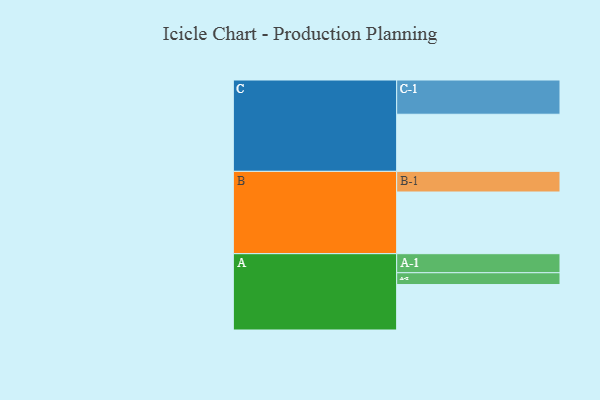
{"axis": {"x": "Segment", "y": "Value"}, "legend": ["", "A", "B", "C"], "data": [{"x": "A", "y": 308, "type": ""}, {"x": "B", "y": 418, "type": ""}, {"x": "C", "y": 387, "type": ""}, {"x": "A-1", "y": 129, "type": "A"}, {"x": "A-2", "y": 80, "type": "A"}, {"x": "B-1", "y": 140, "type": "B"}, {"x": "C-1", "y": 232, "type": "C"}]}